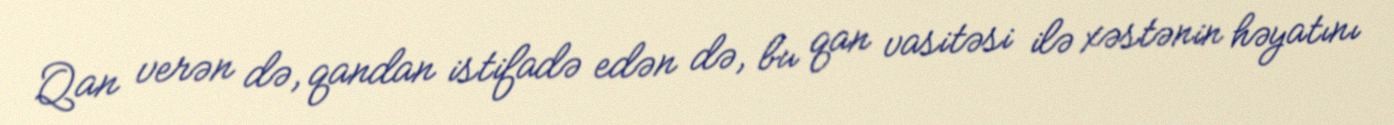
Qan verən də, qandan istifadə edən də, bu qan vasitəsi ilə xəstənin həyatını